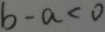
b - a < 0